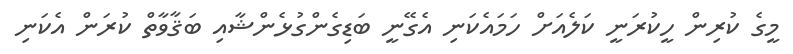
މީގެ ކުރިން ހީކުރަނީ ކަލެއަށް ހަމައެކަނި އެގޭނީ ބަޑިގެންގުޅެންޝާއި ބަޤާވާތް ކުރަން އެކަނި